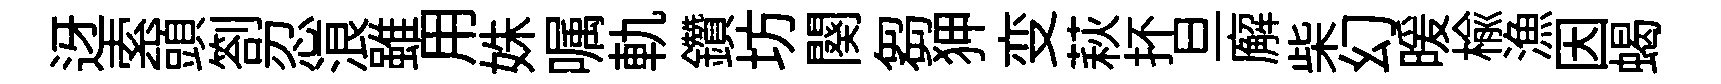
迓索頭劄忍浪雖用姝嘱軌鑽坊闋芻狎变萩抔旦廨柴幻暖榆漁因蝎